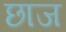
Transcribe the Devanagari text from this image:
छाज